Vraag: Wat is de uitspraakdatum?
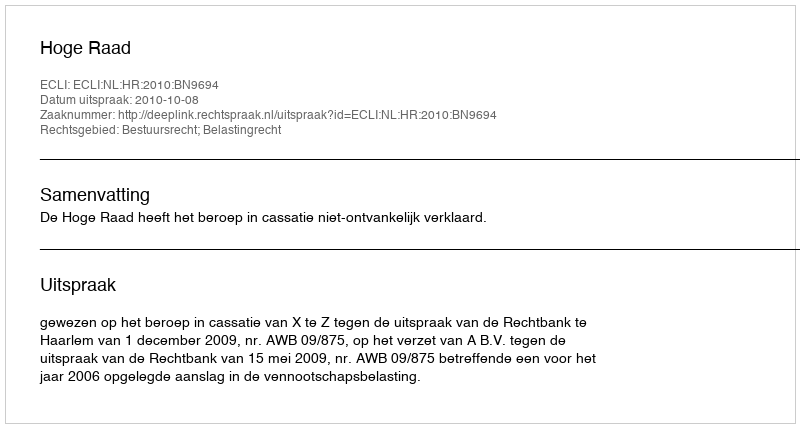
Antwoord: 2010-10-08